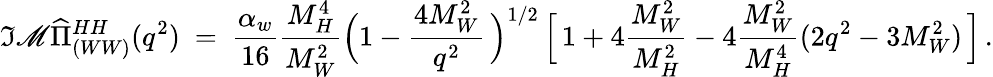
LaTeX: \Im\mathscr{M}\widehat{{\Pi}}_{(WW)}^{HH}(q^{2})\ =\ \frac{{\alpha_{w}}}{{16}}\frac{{M_{H}^{4}}}{{M_{W}^{2}}}\Big(1-\frac{{4M_{W}^{2}}}{{q^{2}}}\, \Big)^{1/2}\, \Big[\, 1+4\frac{{M_{W}^{2}}}{{M_{H}^{2}}}-4\frac{{M_{W}^{2}}}{{M_{H}^{4}}}(2q^{2}-3M_{W}^{2})\, \Big]\, .